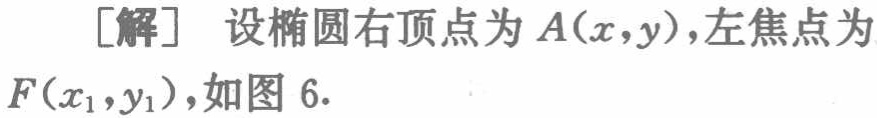
[解] 设椭圆右顶点为 \(A(x,y)\)，左焦点为 \(F(x_1,y_1)\)，如图 6.